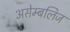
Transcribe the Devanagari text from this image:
असेम्बलिज